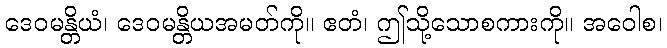
ဒေဝမန္တိယံ၊ ဒေဝမန္တိယအမတ်ကို။ ဧတံ၊ ဤသို့သောစကားကို။ အဝေါစ၊